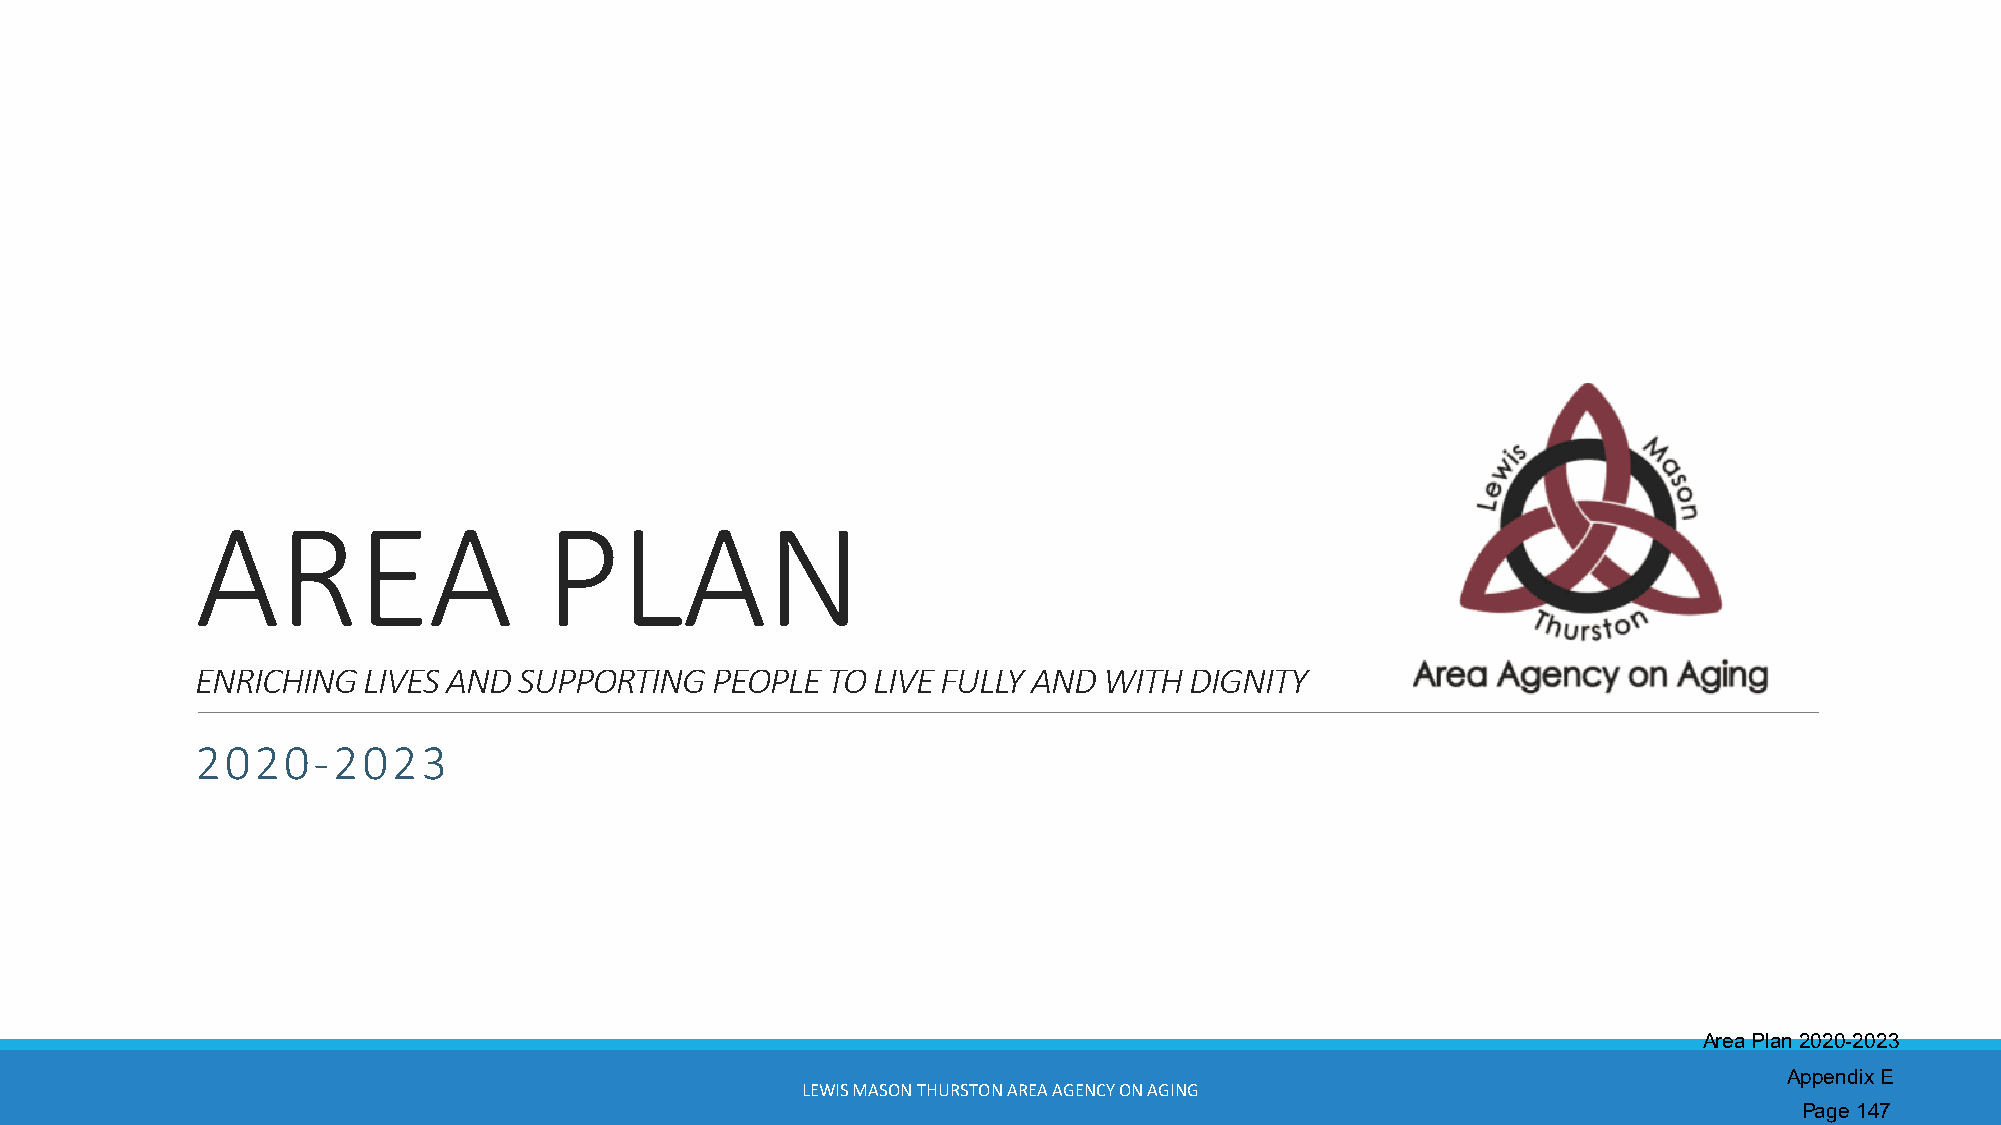
AREA                   PLAN
 ENRICHING  LIVES AND SUPPORTING   PEOPLE  TO LIVE FULLY AND WITH  DIGNITY
 2020-    2023
 Area Plan 2020-2023
 Appendix E
 LEWIS MASON THURSTON AREA AGENCY ON AGING
 Page 147